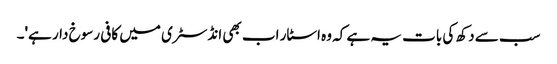
سب سے دکھ کی بات یہ ہے کہ وہ اسٹار اب بھی انڈسٹری میں کافی رسوخ دار ہے'۔